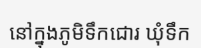
នៅក្នុងភូមិទឹកជោរ ឃុំទឹក